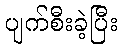
ပျက်စီးခဲ့ပြီး